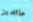
عائدين